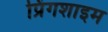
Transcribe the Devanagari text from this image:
प्रिंगशाइम